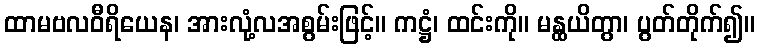
ထာမဗလဝီရိယေန၊ အားလုံ့လအစွမ်းဖြင့်။ ကဋ္ဌံ၊ ထင်းကို။ မန္ထယိတွာ၊ ပွတ်တိုက်၍။